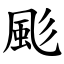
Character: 颩